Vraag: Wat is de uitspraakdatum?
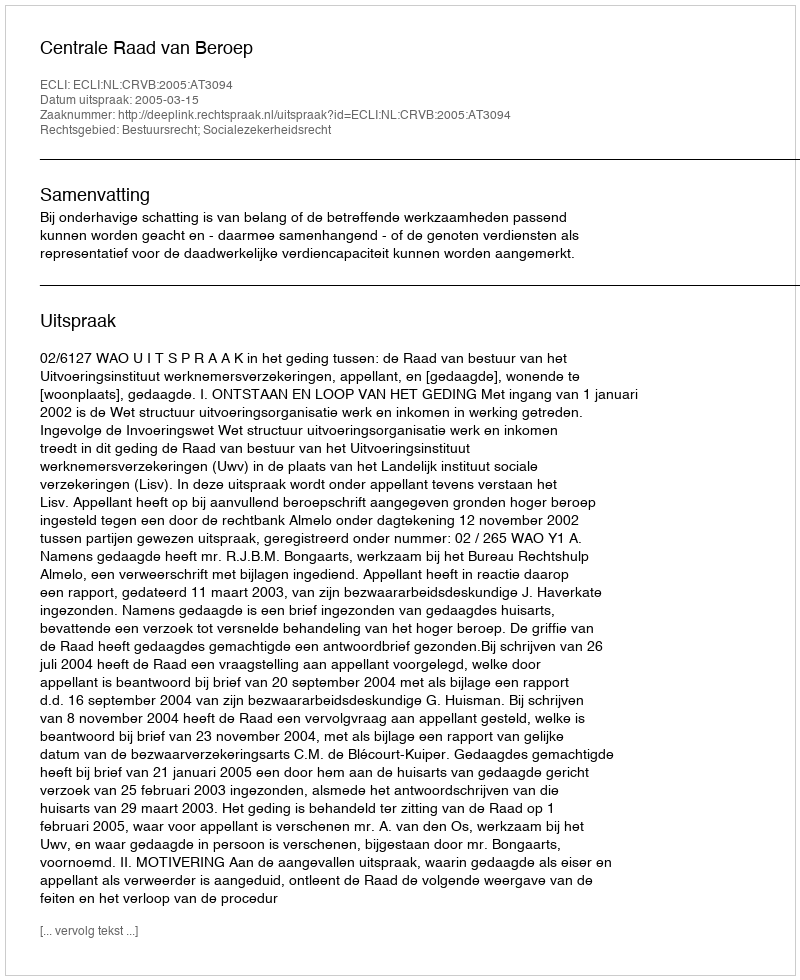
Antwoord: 2005-03-15